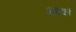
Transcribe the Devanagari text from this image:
पाषकों